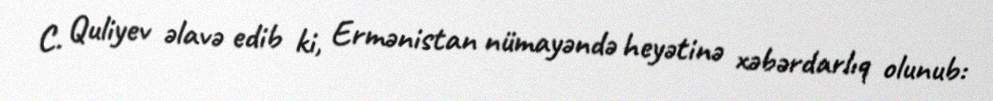
C. Quliyev əlavə edib ki, Ermənistan nümayəndə heyətinə xəbərdarlıq olunub: